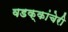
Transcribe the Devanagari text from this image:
वडक्कांचेरी